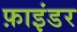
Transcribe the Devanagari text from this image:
फ़ाइंडर